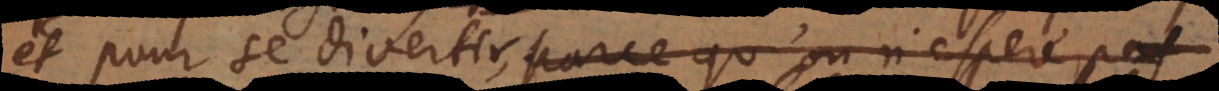
et pour se divertir, parce qu’on n’espere pas